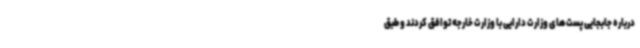
درباره جابجایی پست‌های وزارت دارایی با وزارت خارجه توافق کردند و طبق